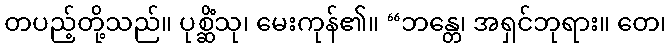
တပည့်တို့သည်။ ပုစ္ဆိံသု၊ မေးကုန်၏။ “ဘန္တေ၊ အရှင်ဘုရား။ တေ၊